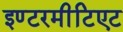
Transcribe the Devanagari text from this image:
इण्टरमीटिएट